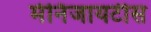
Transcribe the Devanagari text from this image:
मेनिंजायटीस